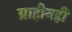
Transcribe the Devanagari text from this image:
ग्राहीनहीं